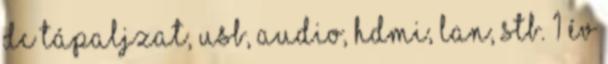
DC tápaljzat, USB, AUDIO, HDMI, LAN, stb. 1 év